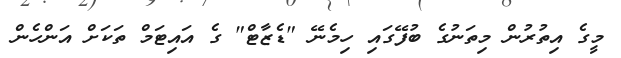
މީގެ އިތުރުން މިތަނުގެ ބުފޭގައި ހިމެނޭ "ޑެޒާޓް" ގެ އައިޓަމް ތަކަށް އަންހެން